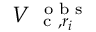
V _ { \mathrm { ~ \small ~ c ~ } , r _ { i } } ^ { \mathrm { ~ \scriptsize ~ o ~ b ~ s ~ } }